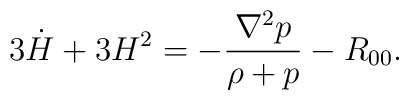
3 \dot H + 3H^2 = -\frac{\nabla^2 p}{\rho + p} - R_{00}.